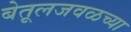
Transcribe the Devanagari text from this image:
बेतूलजवळच्या